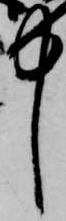
中